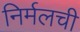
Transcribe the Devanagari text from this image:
निर्मलची